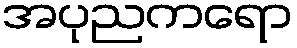
အပုညကရော